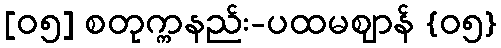
[၀၅] စတုက္ကနည်း-ပထမဈာန် {၀၅}